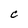
Character: C